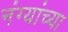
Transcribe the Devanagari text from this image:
नंग्यांच्या